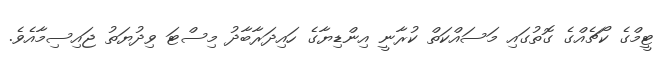
ޓީމްގެ ކޯޗެއްގެ ގޮތުގައި މަސައްކަތް ކުރާނީ އިންޑިޔާގެ ހައިދަރާބާދު މިސްޓަ ވިދުޔަތު ޖައިސިމާއެވެ.